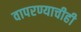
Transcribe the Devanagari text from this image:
वापरण्याचीही